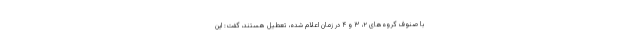
با صنوف گروه‌های ۲، ۳ و ۴ در زمان اعلام شده، تعطیل هستند، گفت: این